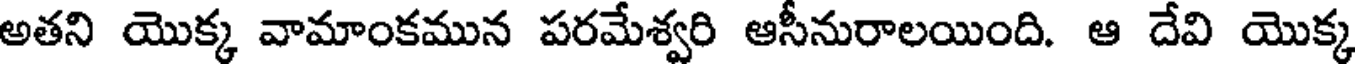
అతని యొక్క వామాంకమున పరమేశ్వరి ఆసీనురాలయింది. ఆ దేవి యొక్క